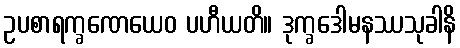
ဥပစာရက္ခဏေယေဝ ပဟီယတိ။ ဒုက္ခဒေါမနဿသုခါနိ